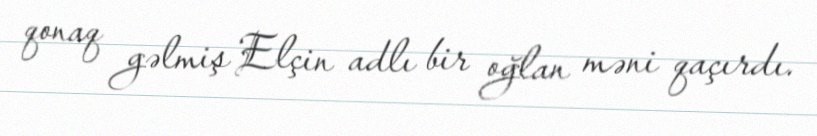
qonaq gəlmiş Elçin adlı bir oğlan məni qaçırdı.